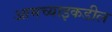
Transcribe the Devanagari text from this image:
आमच्याइकडील